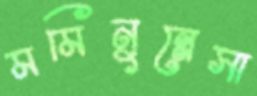
মমিনুন্নেসা